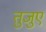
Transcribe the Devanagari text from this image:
तुजुए